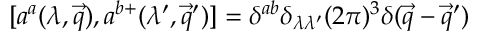
[ a ^ { a } ( \lambda , \vec { q } ) , a ^ { b + } ( \lambda ^ { \prime } , \vec { q } ^ { \prime } ) ] = \delta ^ { a b } \delta _ { \lambda \lambda ^ { \prime } } ( 2 \pi ) ^ { 3 } \delta ( \vec { q } - \vec { q } ^ { \prime } )